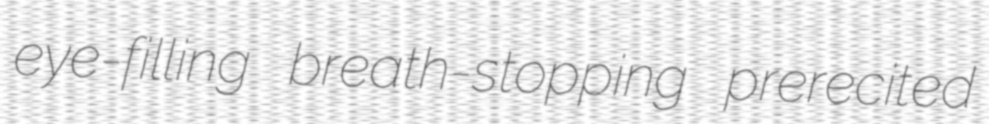
eye-filling breath-stopping prerecited